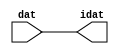

//------> /package/eda/mg/Catapult_10.3d/Mgc_home/pkgs/siflibs/ccs_in_v1.v 
//------------------------------------------------------------------------------
// Catapult Synthesis - Sample I/O Port Library
//
// Copyright (c) 2003-2017 Mentor Graphics Corp.
//       All Rights Reserved
//
// This document may be used and distributed without restriction provided that
// this copyright statement is not removed from the file and that any derivative
// work contains this copyright notice.
//
// The design information contained in this file is intended to be an example
// of the functionality which the end user may study in preparation for creating
// their own custom interfaces. This design does not necessarily present a 
// complete implementation of the named protocol or standard.
//
//------------------------------------------------------------------------------


module ccs_in_v1 (idat, dat);

  parameter integer rscid = 1;
  parameter integer width = 8;

  output [width-1:0] idat;
  input  [width-1:0] dat;

  wire   [width-1:0] idat;

  assign idat = dat;

endmodule


//------> /package/eda/mg/Catapult_10.3d/Mgc_home/pkgs/siflibs/ccs_out_v1.v 
//------------------------------------------------------------------------------
// Catapult Synthesis - Sample I/O Port Library
//
// Copyright (c) 2003-2015 Mentor Graphics Corp.
//       All Rights Reserved
//
// This document may be used and distributed without restriction provided that
// this copyright statement is not removed from the file and that any derivative
// work contains this copyright notice.
//
// The design information contained in this file is intended to be an example
// of the functionality which the end user may study in preparation for creating
// their own custom interfaces. This design does not necessarily present a 
// complete implementation of the named protocol or standard.
//
//------------------------------------------------------------------------------

module ccs_out_v1 (dat, idat);

  parameter integer rscid = 1;
  parameter integer width = 8;

  output   [width-1:0] dat;
  input    [width-1:0] idat;

  wire     [width-1:0] dat;

  assign dat = idat;

endmodule




//------> /package/eda/mg/Catapult_10.3d/Mgc_home/pkgs/siflibs/mgc_io_sync_v2.v 
//------------------------------------------------------------------------------
// Catapult Synthesis - Sample I/O Port Library
//
// Copyright (c) 2003-2017 Mentor Graphics Corp.
//       All Rights Reserved
//
// This document may be used and distributed without restriction provided that
// this copyright statement is not removed from the file and that any derivative
// work contains this copyright notice.
//
// The design information contained in this file is intended to be an example
// of the functionality which the end user may study in preparation for creating
// their own custom interfaces. This design does not necessarily present a 
// complete implementation of the named protocol or standard.
//
//------------------------------------------------------------------------------


module mgc_io_sync_v2 (ld, lz);
    parameter valid = 0;

    input  ld;
    output lz;

    wire   lz;

    assign lz = ld;

endmodule


//------> ./rtl.v 
// ----------------------------------------------------------------------
//  HLS HDL:        Verilog Netlister
//  HLS Version:    10.3d/815731 Production Release
//  HLS Date:       Wed Apr 24 14:54:19 PDT 2019
// 
//  Generated by:   695r48@cparch23.ecn.purdue.edu
//  Generated date: Tue Nov  9 16:02:25 2021
// ----------------------------------------------------------------------

// 
// ------------------------------------------------------------------
//  Design Unit:    fir_Altera_DIST_DIST_1R1W_RBW_rport_1_16_5_32_32_16_gen
// ------------------------------------------------------------------


module fir_Altera_DIST_DIST_1R1W_RBW_rport_1_16_5_32_32_16_gen (
  q, radr, radr_d, q_d, rport_r_ram_ir_internal_RMASK_B_d
);
  input [15:0] q;
  output [4:0] radr;
  input [4:0] radr_d;
  output [15:0] q_d;
  input rport_r_ram_ir_internal_RMASK_B_d;



  // Interconnect Declarations for Component Instantiations 
  assign q_d = q;
  assign radr = (radr_d);
endmodule

// ------------------------------------------------------------------
//  Design Unit:    fir_core_core_fsm
//  FSM Module
// ------------------------------------------------------------------


module fir_core_core_fsm (
  clk, rst, fsm_output
);
  input clk;
  input rst;
  output [36:0] fsm_output;
  reg [36:0] fsm_output;


  // FSM State Type Declaration for fir_core_core_fsm_1
  parameter
    core_rlp_C_0 = 6'd0,
    main_C_0 = 6'd1,
    main_C_1 = 6'd2,
    main_C_2 = 6'd3,
    main_C_3 = 6'd4,
    main_C_4 = 6'd5,
    main_C_5 = 6'd6,
    main_C_6 = 6'd7,
    main_C_7 = 6'd8,
    main_C_8 = 6'd9,
    main_C_9 = 6'd10,
    main_C_10 = 6'd11,
    main_C_11 = 6'd12,
    main_C_12 = 6'd13,
    main_C_13 = 6'd14,
    main_C_14 = 6'd15,
    main_C_15 = 6'd16,
    main_C_16 = 6'd17,
    main_C_17 = 6'd18,
    main_C_18 = 6'd19,
    main_C_19 = 6'd20,
    main_C_20 = 6'd21,
    main_C_21 = 6'd22,
    main_C_22 = 6'd23,
    main_C_23 = 6'd24,
    main_C_24 = 6'd25,
    main_C_25 = 6'd26,
    main_C_26 = 6'd27,
    main_C_27 = 6'd28,
    main_C_28 = 6'd29,
    main_C_29 = 6'd30,
    main_C_30 = 6'd31,
    main_C_31 = 6'd32,
    main_C_32 = 6'd33,
    main_C_33 = 6'd34,
    main_C_34 = 6'd35,
    main_C_35 = 6'd36;

  reg [5:0] state_var;
  reg [5:0] state_var_NS;


  // Interconnect Declarations for Component Instantiations 
  always @(*)
  begin : fir_core_core_fsm_1
    case (state_var)
      main_C_0 : begin
        fsm_output = 37'b0000000000000000000000000000000000010;
        state_var_NS = main_C_1;
      end
      main_C_1 : begin
        fsm_output = 37'b0000000000000000000000000000000000100;
        state_var_NS = main_C_2;
      end
      main_C_2 : begin
        fsm_output = 37'b0000000000000000000000000000000001000;
        state_var_NS = main_C_3;
      end
      main_C_3 : begin
        fsm_output = 37'b0000000000000000000000000000000010000;
        state_var_NS = main_C_4;
      end
      main_C_4 : begin
        fsm_output = 37'b0000000000000000000000000000000100000;
        state_var_NS = main_C_5;
      end
      main_C_5 : begin
        fsm_output = 37'b0000000000000000000000000000001000000;
        state_var_NS = main_C_6;
      end
      main_C_6 : begin
        fsm_output = 37'b0000000000000000000000000000010000000;
        state_var_NS = main_C_7;
      end
      main_C_7 : begin
        fsm_output = 37'b0000000000000000000000000000100000000;
        state_var_NS = main_C_8;
      end
      main_C_8 : begin
        fsm_output = 37'b0000000000000000000000000001000000000;
        state_var_NS = main_C_9;
      end
      main_C_9 : begin
        fsm_output = 37'b0000000000000000000000000010000000000;
        state_var_NS = main_C_10;
      end
      main_C_10 : begin
        fsm_output = 37'b0000000000000000000000000100000000000;
        state_var_NS = main_C_11;
      end
      main_C_11 : begin
        fsm_output = 37'b0000000000000000000000001000000000000;
        state_var_NS = main_C_12;
      end
      main_C_12 : begin
        fsm_output = 37'b0000000000000000000000010000000000000;
        state_var_NS = main_C_13;
      end
      main_C_13 : begin
        fsm_output = 37'b0000000000000000000000100000000000000;
        state_var_NS = main_C_14;
      end
      main_C_14 : begin
        fsm_output = 37'b0000000000000000000001000000000000000;
        state_var_NS = main_C_15;
      end
      main_C_15 : begin
        fsm_output = 37'b0000000000000000000010000000000000000;
        state_var_NS = main_C_16;
      end
      main_C_16 : begin
        fsm_output = 37'b0000000000000000000100000000000000000;
        state_var_NS = main_C_17;
      end
      main_C_17 : begin
        fsm_output = 37'b0000000000000000001000000000000000000;
        state_var_NS = main_C_18;
      end
      main_C_18 : begin
        fsm_output = 37'b0000000000000000010000000000000000000;
        state_var_NS = main_C_19;
      end
      main_C_19 : begin
        fsm_output = 37'b0000000000000000100000000000000000000;
        state_var_NS = main_C_20;
      end
      main_C_20 : begin
        fsm_output = 37'b0000000000000001000000000000000000000;
        state_var_NS = main_C_21;
      end
      main_C_21 : begin
        fsm_output = 37'b0000000000000010000000000000000000000;
        state_var_NS = main_C_22;
      end
      main_C_22 : begin
        fsm_output = 37'b0000000000000100000000000000000000000;
        state_var_NS = main_C_23;
      end
      main_C_23 : begin
        fsm_output = 37'b0000000000001000000000000000000000000;
        state_var_NS = main_C_24;
      end
      main_C_24 : begin
        fsm_output = 37'b0000000000010000000000000000000000000;
        state_var_NS = main_C_25;
      end
      main_C_25 : begin
        fsm_output = 37'b0000000000100000000000000000000000000;
        state_var_NS = main_C_26;
      end
      main_C_26 : begin
        fsm_output = 37'b0000000001000000000000000000000000000;
        state_var_NS = main_C_27;
      end
      main_C_27 : begin
        fsm_output = 37'b0000000010000000000000000000000000000;
        state_var_NS = main_C_28;
      end
      main_C_28 : begin
        fsm_output = 37'b0000000100000000000000000000000000000;
        state_var_NS = main_C_29;
      end
      main_C_29 : begin
        fsm_output = 37'b0000001000000000000000000000000000000;
        state_var_NS = main_C_30;
      end
      main_C_30 : begin
        fsm_output = 37'b0000010000000000000000000000000000000;
        state_var_NS = main_C_31;
      end
      main_C_31 : begin
        fsm_output = 37'b0000100000000000000000000000000000000;
        state_var_NS = main_C_32;
      end
      main_C_32 : begin
        fsm_output = 37'b0001000000000000000000000000000000000;
        state_var_NS = main_C_33;
      end
      main_C_33 : begin
        fsm_output = 37'b0010000000000000000000000000000000000;
        state_var_NS = main_C_34;
      end
      main_C_34 : begin
        fsm_output = 37'b0100000000000000000000000000000000000;
        state_var_NS = main_C_35;
      end
      main_C_35 : begin
        fsm_output = 37'b1000000000000000000000000000000000000;
        state_var_NS = main_C_0;
      end
      // core_rlp_C_0
      default : begin
        fsm_output = 37'b0000000000000000000000000000000000001;
        state_var_NS = main_C_0;
      end
    endcase
  end

  always @(posedge clk) begin
    if ( rst ) begin
      state_var <= core_rlp_C_0;
    end
    else begin
      state_var <= state_var_NS;
    end
  end

endmodule

// ------------------------------------------------------------------
//  Design Unit:    fir_core
// ------------------------------------------------------------------


module fir_core (
  clk, rst, coeffs_rsc_triosy_lz, in1_rsc_dat, in1_rsc_triosy_lz, out1_rsc_dat, out1_rsc_triosy_lz,
      coeffs_rsci_radr_d, coeffs_rsci_q_d, coeffs_rsci_rport_r_ram_ir_internal_RMASK_B_d
);
  input clk;
  input rst;
  output coeffs_rsc_triosy_lz;
  input [15:0] in1_rsc_dat;
  output in1_rsc_triosy_lz;
  output [15:0] out1_rsc_dat;
  output out1_rsc_triosy_lz;
  output [4:0] coeffs_rsci_radr_d;
  input [15:0] coeffs_rsci_q_d;
  output coeffs_rsci_rport_r_ram_ir_internal_RMASK_B_d;


  // Interconnect Declarations
  wire [15:0] in1_rsci_idat;
  reg [15:0] out1_rsci_idat;
  reg coeffs_rsc_triosy_obj_ld;
  reg in1_rsc_triosy_obj_ld;
  reg out1_rsc_triosy_obj_ld;
  wire [36:0] fsm_output;
  reg [15:0] reg_MAC_asn_89_cse;
  reg [15:0] reg_MAC_asn_88_cse;
  reg [15:0] reg_MAC_asn_87_cse;
  reg [15:0] reg_MAC_asn_86_cse;
  reg [15:0] reg_MAC_asn_85_cse;
  reg [15:0] reg_MAC_asn_84_cse;
  reg [15:0] reg_MAC_asn_83_cse;
  reg [15:0] reg_MAC_asn_82_cse;
  reg [15:0] reg_MAC_asn_81_cse;
  reg [15:0] reg_MAC_asn_80_cse;
  reg [15:0] reg_MAC_asn_79_cse;
  reg [15:0] reg_MAC_asn_78_cse;
  reg [15:0] reg_MAC_asn_77_cse;
  reg [15:0] reg_MAC_asn_76_cse;
  reg [15:0] reg_MAC_asn_75_cse;
  reg [15:0] reg_MAC_asn_74_cse;
  reg [15:0] reg_MAC_asn_73_cse;
  reg [15:0] reg_MAC_asn_72_cse;
  reg [15:0] reg_MAC_asn_71_cse;
  reg [15:0] reg_MAC_asn_70_cse;
  reg [15:0] reg_MAC_asn_69_cse;
  reg [15:0] reg_MAC_asn_68_cse;
  reg [15:0] reg_MAC_asn_67_cse;
  reg [15:0] reg_MAC_asn_66_cse;
  reg [15:0] reg_MAC_asn_65_cse;
  reg [15:0] reg_MAC_asn_64_cse;
  reg [15:0] reg_MAC_asn_63_cse;
  wire [29:0] z_out;
  wire [30:0] nl_z_out;
  reg [15:0] regs_3_sva;
  reg [15:0] regs_2_sva;
  reg [15:0] regs_0_sva;
  reg [15:0] asn_ncse_sva;
  reg [15:0] MAC_asn_62_itm;
  reg [29:0] MAC_10_mul_itm;
  reg [29:0] MAC_11_mul_itm;
  reg [29:0] MAC_acc_10_itm;
  reg [29:0] MAC_acc_22_itm;
  reg [29:0] MAC_acc_28_itm;
  reg [15:0] MAC_asn_90_itm;
  reg [29:0] MAC_acc_itm;
  wire [29:0] MAC_acc_28_itm_mx0w17;
  wire [30:0] nl_MAC_acc_28_itm_mx0w17;
  wire [29:0] MAC_acc_18_itm_mx0w0;
  wire [30:0] nl_MAC_acc_18_itm_mx0w0;
  wire [29:0] MAC_acc_23_mx0w1;
  wire [30:0] nl_MAC_acc_23_mx0w1;
  wire MAC_acc_10_itm_mx0c1;
  wire MAC_acc_22_itm_mx0c2;

  wire[29:0] MAC_32_acc_1_nl;
  wire[30:0] nl_MAC_32_acc_1_nl;
  wire[29:0] MAC_32_mul_nl;
  wire signed [31:0] nl_MAC_32_mul_nl;
  wire[29:0] MAC_30_mul_nl;
  wire signed [31:0] nl_MAC_30_mul_nl;
  wire[29:0] MAC_28_mul_nl;
  wire signed [31:0] nl_MAC_28_mul_nl;
  wire[29:0] MAC_26_mul_nl;
  wire signed [31:0] nl_MAC_26_mul_nl;
  wire[29:0] MAC_24_mul_nl;
  wire signed [31:0] nl_MAC_24_mul_nl;
  wire[29:0] MAC_22_mul_nl;
  wire signed [31:0] nl_MAC_22_mul_nl;
  wire[29:0] MAC_20_mul_nl;
  wire signed [31:0] nl_MAC_20_mul_nl;
  wire[29:0] MAC_18_mul_nl;
  wire signed [31:0] nl_MAC_18_mul_nl;
  wire[29:0] MAC_16_mul_nl;
  wire signed [31:0] nl_MAC_16_mul_nl;
  wire[29:0] MAC_14_mul_nl;
  wire signed [31:0] nl_MAC_14_mul_nl;
  wire[29:0] MAC_12_mul_nl;
  wire signed [31:0] nl_MAC_12_mul_nl;
  wire[29:0] MAC_10_mul_nl;
  wire signed [31:0] nl_MAC_10_mul_nl;
  wire[29:0] MAC_8_mul_nl;
  wire signed [31:0] nl_MAC_8_mul_nl;
  wire[29:0] MAC_6_mul_nl;
  wire signed [31:0] nl_MAC_6_mul_nl;
  wire[29:0] MAC_4_mul_nl;
  wire signed [31:0] nl_MAC_4_mul_nl;
  wire[29:0] MAC_2_mul_nl;
  wire signed [31:0] nl_MAC_2_mul_nl;
  wire[29:0] MAC_31_mul_nl;
  wire signed [31:0] nl_MAC_31_mul_nl;
  wire[29:0] MAC_29_mul_nl;
  wire signed [31:0] nl_MAC_29_mul_nl;
  wire[29:0] MAC_27_mul_nl;
  wire signed [31:0] nl_MAC_27_mul_nl;
  wire[29:0] MAC_25_mul_nl;
  wire signed [31:0] nl_MAC_25_mul_nl;
  wire[29:0] MAC_23_mul_nl;
  wire signed [31:0] nl_MAC_23_mul_nl;
  wire[29:0] MAC_21_mul_nl;
  wire signed [31:0] nl_MAC_21_mul_nl;
  wire[29:0] MAC_19_mul_nl;
  wire signed [31:0] nl_MAC_19_mul_nl;
  wire[29:0] MAC_17_mul_nl;
  wire signed [31:0] nl_MAC_17_mul_nl;
  wire[29:0] MAC_acc_27_nl;
  wire[30:0] nl_MAC_acc_27_nl;
  wire[29:0] MAC_acc_21_nl;
  wire[30:0] nl_MAC_acc_21_nl;
  wire[29:0] MAC_15_mul_nl;
  wire signed [31:0] nl_MAC_15_mul_nl;
  wire[29:0] MAC_13_mul_nl;
  wire signed [31:0] nl_MAC_13_mul_nl;
  wire[29:0] MAC_11_mul_nl;
  wire signed [31:0] nl_MAC_11_mul_nl;
  wire[29:0] MAC_9_mul_nl;
  wire signed [31:0] nl_MAC_9_mul_nl;
  wire[29:0] MAC_7_mul_nl;
  wire signed [31:0] nl_MAC_7_mul_nl;
  wire[29:0] MAC_5_mul_nl;
  wire signed [31:0] nl_MAC_5_mul_nl;
  wire[29:0] MAC_3_mul_nl;
  wire signed [31:0] nl_MAC_3_mul_nl;
  wire[29:0] MAC_1_mul_nl;
  wire signed [31:0] nl_MAC_1_mul_nl;
  wire[29:0] MAC_acc_30_nl;
  wire[30:0] nl_MAC_acc_30_nl;
  wire[4:0] and_nl;
  wire[4:0] mux1h_nl;
  wire[0:0] coeffs_nor_nl;
  wire[29:0] MAC_mux_3_nl;
  wire[29:0] MAC_mux_4_nl;
  wire[0:0] MAC_or_9_nl;

  // Interconnect Declarations for Component Instantiations 
  ccs_in_v1 #(.rscid(32'sd2),
  .width(32'sd16)) in1_rsci (
      .dat(in1_rsc_dat),
      .idat(in1_rsci_idat)
    );
  ccs_out_v1 #(.rscid(32'sd3),
  .width(32'sd16)) out1_rsci (
      .idat(out1_rsci_idat),
      .dat(out1_rsc_dat)
    );
  mgc_io_sync_v2 #(.valid(32'sd0)) coeffs_rsc_triosy_obj (
      .ld(coeffs_rsc_triosy_obj_ld),
      .lz(coeffs_rsc_triosy_lz)
    );
  mgc_io_sync_v2 #(.valid(32'sd0)) in1_rsc_triosy_obj (
      .ld(in1_rsc_triosy_obj_ld),
      .lz(in1_rsc_triosy_lz)
    );
  mgc_io_sync_v2 #(.valid(32'sd0)) out1_rsc_triosy_obj (
      .ld(out1_rsc_triosy_obj_ld),
      .lz(out1_rsc_triosy_lz)
    );
  fir_core_core_fsm fir_core_core_fsm_inst (
      .clk(clk),
      .rst(rst),
      .fsm_output(fsm_output)
    );
  assign nl_MAC_acc_28_itm_mx0w17 = MAC_acc_23_mx0w1 + MAC_acc_22_itm;
  assign MAC_acc_28_itm_mx0w17 = nl_MAC_acc_28_itm_mx0w17[29:0];
  assign nl_MAC_acc_18_itm_mx0w0 = MAC_11_mul_itm + MAC_10_mul_itm;
  assign MAC_acc_18_itm_mx0w0 = nl_MAC_acc_18_itm_mx0w0[29:0];
  assign nl_MAC_acc_23_mx0w1 = MAC_acc_18_itm_mx0w0 + MAC_acc_10_itm;
  assign MAC_acc_23_mx0w1 = nl_MAC_acc_23_mx0w1[29:0];
  assign MAC_acc_10_itm_mx0c1 = (fsm_output[14]) | (fsm_output[6]);
  assign MAC_acc_22_itm_mx0c2 = (fsm_output[30]) | (fsm_output[22]);
  assign mux1h_nl = MUX1HOT_v_5_30_2(5'b11110, 5'b11101, 5'b11100, 5'b11011, 5'b11010,
      5'b11001, 5'b11000, 5'b10111, 5'b10110, 5'b10101, 5'b10100, 5'b10011, 5'b10010,
      5'b10001, 5'b10000, 5'b01111, 5'b01110, 5'b01101, 5'b01100, 5'b01011, 5'b01010,
      5'b01001, 5'b01000, 5'b00111, 5'b00110, 5'b00101, 5'b00100, 5'b00011, 5'b00010,
      5'b00001, {(fsm_output[2]) , (fsm_output[3]) , (fsm_output[4]) , (fsm_output[5])
      , (fsm_output[6]) , (fsm_output[7]) , (fsm_output[8]) , (fsm_output[9]) , (fsm_output[10])
      , (fsm_output[11]) , (fsm_output[12]) , (fsm_output[13]) , (fsm_output[14])
      , (fsm_output[15]) , (fsm_output[16]) , (fsm_output[17]) , (fsm_output[18])
      , (fsm_output[19]) , (fsm_output[20]) , (fsm_output[21]) , (fsm_output[22])
      , (fsm_output[23]) , (fsm_output[24]) , (fsm_output[25]) , (fsm_output[26])
      , (fsm_output[27]) , (fsm_output[28]) , (fsm_output[29]) , (fsm_output[30])
      , (fsm_output[31])});
  assign coeffs_nor_nl = ~((fsm_output[0]) | (fsm_output[33]) | (fsm_output[34])
      | (fsm_output[35]) | (fsm_output[36]) | (fsm_output[32]));
  assign and_nl = MUX_v_5_2_2(5'b00000, (mux1h_nl), (coeffs_nor_nl));
  assign coeffs_rsci_radr_d = MUX_v_5_2_2((and_nl), 5'b11111, (fsm_output[1]));
  assign coeffs_rsci_rport_r_ram_ir_internal_RMASK_B_d = ~((fsm_output[0]) | (fsm_output[33])
      | (fsm_output[34]) | (fsm_output[35]) | (fsm_output[36]));
  always @(posedge clk) begin
    if ( rst ) begin
      out1_rsc_triosy_obj_ld <= 1'b0;
      in1_rsc_triosy_obj_ld <= 1'b0;
      coeffs_rsc_triosy_obj_ld <= 1'b0;
      MAC_11_mul_itm <= 30'b000000000000000000000000000000;
    end
    else begin
      out1_rsc_triosy_obj_ld <= fsm_output[35];
      in1_rsc_triosy_obj_ld <= fsm_output[1];
      coeffs_rsc_triosy_obj_ld <= fsm_output[32];
      MAC_11_mul_itm <= MUX1HOT_v_30_18_2((MAC_31_mul_nl), (MAC_29_mul_nl), (MAC_27_mul_nl),
          (MAC_25_mul_nl), (MAC_23_mul_nl), (MAC_21_mul_nl), (MAC_19_mul_nl), (MAC_17_mul_nl),
          (MAC_acc_27_nl), (MAC_15_mul_nl), (MAC_13_mul_nl), (MAC_11_mul_nl), (MAC_9_mul_nl),
          (MAC_7_mul_nl), (MAC_5_mul_nl), (MAC_3_mul_nl), (MAC_1_mul_nl), MAC_acc_28_itm_mx0w17,
          {(fsm_output[3]) , (fsm_output[5]) , (fsm_output[7]) , (fsm_output[9])
          , (fsm_output[11]) , (fsm_output[13]) , (fsm_output[15]) , (fsm_output[17])
          , (fsm_output[18]) , (fsm_output[19]) , (fsm_output[21]) , (fsm_output[23])
          , (fsm_output[25]) , (fsm_output[27]) , (fsm_output[29]) , (fsm_output[31])
          , (fsm_output[33]) , (fsm_output[34])});
    end
  end
  always @(posedge clk) begin
    if ( rst ) begin
      out1_rsci_idat <= 16'b0000000000000000;
    end
    else if ( fsm_output[35] ) begin
      out1_rsci_idat <= readslicef_30_16_14((MAC_32_acc_1_nl));
    end
  end
  always @(posedge clk) begin
    if ( rst ) begin
      regs_0_sva <= 16'b0000000000000000;
    end
    else if ( fsm_output[33] ) begin
      regs_0_sva <= asn_ncse_sva;
    end
  end
  always @(posedge clk) begin
    if ( rst ) begin
      regs_2_sva <= 16'b0000000000000000;
    end
    else if ( fsm_output[36] ) begin
      regs_2_sva <= MAC_asn_62_itm;
    end
  end
  always @(posedge clk) begin
    if ( rst ) begin
      MAC_asn_62_itm <= 16'b0000000000000000;
    end
    else if ( (fsm_output[36]) | (fsm_output[32]) ) begin
      MAC_asn_62_itm <= MUX_v_16_2_2(regs_0_sva, regs_2_sva, fsm_output[36]);
    end
  end
  always @(posedge clk) begin
    if ( rst ) begin
      reg_MAC_asn_63_cse <= 16'b0000000000000000;
    end
    else if ( fsm_output[36] ) begin
      reg_MAC_asn_63_cse <= regs_3_sva;
    end
  end
  always @(posedge clk) begin
    if ( rst ) begin
      reg_MAC_asn_64_cse <= 16'b0000000000000000;
    end
    else if ( fsm_output[36] ) begin
      reg_MAC_asn_64_cse <= reg_MAC_asn_63_cse;
    end
  end
  always @(posedge clk) begin
    if ( rst ) begin
      reg_MAC_asn_65_cse <= 16'b0000000000000000;
    end
    else if ( fsm_output[36] ) begin
      reg_MAC_asn_65_cse <= reg_MAC_asn_64_cse;
    end
  end
  always @(posedge clk) begin
    if ( rst ) begin
      reg_MAC_asn_66_cse <= 16'b0000000000000000;
    end
    else if ( fsm_output[36] ) begin
      reg_MAC_asn_66_cse <= reg_MAC_asn_65_cse;
    end
  end
  always @(posedge clk) begin
    if ( rst ) begin
      reg_MAC_asn_67_cse <= 16'b0000000000000000;
    end
    else if ( fsm_output[36] ) begin
      reg_MAC_asn_67_cse <= reg_MAC_asn_66_cse;
    end
  end
  always @(posedge clk) begin
    if ( rst ) begin
      reg_MAC_asn_68_cse <= 16'b0000000000000000;
    end
    else if ( fsm_output[36] ) begin
      reg_MAC_asn_68_cse <= reg_MAC_asn_67_cse;
    end
  end
  always @(posedge clk) begin
    if ( rst ) begin
      reg_MAC_asn_69_cse <= 16'b0000000000000000;
    end
    else if ( fsm_output[36] ) begin
      reg_MAC_asn_69_cse <= reg_MAC_asn_68_cse;
    end
  end
  always @(posedge clk) begin
    if ( rst ) begin
      reg_MAC_asn_70_cse <= 16'b0000000000000000;
    end
    else if ( fsm_output[36] ) begin
      reg_MAC_asn_70_cse <= reg_MAC_asn_69_cse;
    end
  end
  always @(posedge clk) begin
    if ( rst ) begin
      reg_MAC_asn_71_cse <= 16'b0000000000000000;
    end
    else if ( fsm_output[36] ) begin
      reg_MAC_asn_71_cse <= reg_MAC_asn_70_cse;
    end
  end
  always @(posedge clk) begin
    if ( rst ) begin
      reg_MAC_asn_72_cse <= 16'b0000000000000000;
    end
    else if ( fsm_output[36] ) begin
      reg_MAC_asn_72_cse <= reg_MAC_asn_71_cse;
    end
  end
  always @(posedge clk) begin
    if ( rst ) begin
      reg_MAC_asn_73_cse <= 16'b0000000000000000;
    end
    else if ( fsm_output[36] ) begin
      reg_MAC_asn_73_cse <= reg_MAC_asn_72_cse;
    end
  end
  always @(posedge clk) begin
    if ( rst ) begin
      reg_MAC_asn_74_cse <= 16'b0000000000000000;
    end
    else if ( fsm_output[36] ) begin
      reg_MAC_asn_74_cse <= reg_MAC_asn_73_cse;
    end
  end
  always @(posedge clk) begin
    if ( rst ) begin
      reg_MAC_asn_75_cse <= 16'b0000000000000000;
    end
    else if ( fsm_output[36] ) begin
      reg_MAC_asn_75_cse <= reg_MAC_asn_74_cse;
    end
  end
  always @(posedge clk) begin
    if ( rst ) begin
      reg_MAC_asn_76_cse <= 16'b0000000000000000;
    end
    else if ( fsm_output[36] ) begin
      reg_MAC_asn_76_cse <= reg_MAC_asn_75_cse;
    end
  end
  always @(posedge clk) begin
    if ( rst ) begin
      reg_MAC_asn_77_cse <= 16'b0000000000000000;
    end
    else if ( fsm_output[36] ) begin
      reg_MAC_asn_77_cse <= reg_MAC_asn_76_cse;
    end
  end
  always @(posedge clk) begin
    if ( rst ) begin
      reg_MAC_asn_78_cse <= 16'b0000000000000000;
    end
    else if ( fsm_output[36] ) begin
      reg_MAC_asn_78_cse <= reg_MAC_asn_77_cse;
    end
  end
  always @(posedge clk) begin
    if ( rst ) begin
      reg_MAC_asn_79_cse <= 16'b0000000000000000;
    end
    else if ( fsm_output[36] ) begin
      reg_MAC_asn_79_cse <= reg_MAC_asn_78_cse;
    end
  end
  always @(posedge clk) begin
    if ( rst ) begin
      reg_MAC_asn_80_cse <= 16'b0000000000000000;
    end
    else if ( fsm_output[36] ) begin
      reg_MAC_asn_80_cse <= reg_MAC_asn_79_cse;
    end
  end
  always @(posedge clk) begin
    if ( rst ) begin
      reg_MAC_asn_81_cse <= 16'b0000000000000000;
    end
    else if ( fsm_output[36] ) begin
      reg_MAC_asn_81_cse <= reg_MAC_asn_80_cse;
    end
  end
  always @(posedge clk) begin
    if ( rst ) begin
      reg_MAC_asn_82_cse <= 16'b0000000000000000;
    end
    else if ( fsm_output[36] ) begin
      reg_MAC_asn_82_cse <= reg_MAC_asn_81_cse;
    end
  end
  always @(posedge clk) begin
    if ( rst ) begin
      reg_MAC_asn_83_cse <= 16'b0000000000000000;
    end
    else if ( fsm_output[36] ) begin
      reg_MAC_asn_83_cse <= reg_MAC_asn_82_cse;
    end
  end
  always @(posedge clk) begin
    if ( rst ) begin
      reg_MAC_asn_84_cse <= 16'b0000000000000000;
    end
    else if ( fsm_output[36] ) begin
      reg_MAC_asn_84_cse <= reg_MAC_asn_83_cse;
    end
  end
  always @(posedge clk) begin
    if ( rst ) begin
      reg_MAC_asn_85_cse <= 16'b0000000000000000;
    end
    else if ( fsm_output[36] ) begin
      reg_MAC_asn_85_cse <= reg_MAC_asn_84_cse;
    end
  end
  always @(posedge clk) begin
    if ( rst ) begin
      reg_MAC_asn_86_cse <= 16'b0000000000000000;
    end
    else if ( fsm_output[36] ) begin
      reg_MAC_asn_86_cse <= reg_MAC_asn_85_cse;
    end
  end
  always @(posedge clk) begin
    if ( rst ) begin
      reg_MAC_asn_87_cse <= 16'b0000000000000000;
    end
    else if ( fsm_output[36] ) begin
      reg_MAC_asn_87_cse <= reg_MAC_asn_86_cse;
    end
  end
  always @(posedge clk) begin
    if ( rst ) begin
      reg_MAC_asn_88_cse <= 16'b0000000000000000;
    end
    else if ( fsm_output[36] ) begin
      reg_MAC_asn_88_cse <= reg_MAC_asn_87_cse;
    end
  end
  always @(posedge clk) begin
    if ( rst ) begin
      reg_MAC_asn_89_cse <= 16'b0000000000000000;
    end
    else if ( fsm_output[36] ) begin
      reg_MAC_asn_89_cse <= reg_MAC_asn_88_cse;
    end
  end
  always @(posedge clk) begin
    if ( rst ) begin
      MAC_asn_90_itm <= 16'b0000000000000000;
    end
    else if ( fsm_output[36] ) begin
      MAC_asn_90_itm <= reg_MAC_asn_89_cse;
    end
  end
  always @(posedge clk) begin
    if ( rst ) begin
      regs_3_sva <= 16'b0000000000000000;
    end
    else if ( fsm_output[36] ) begin
      regs_3_sva <= regs_2_sva;
    end
  end
  always @(posedge clk) begin
    if ( rst ) begin
      asn_ncse_sva <= 16'b0000000000000000;
    end
    else if ( fsm_output[1] ) begin
      asn_ncse_sva <= in1_rsci_idat;
    end
  end
  always @(posedge clk) begin
    if ( rst ) begin
      MAC_10_mul_itm <= 30'b000000000000000000000000000000;
    end
    else if ( (fsm_output[18]) | (fsm_output[30]) | (fsm_output[26]) | (fsm_output[2])
        | (fsm_output[4]) | (fsm_output[10]) | (fsm_output[16]) | (fsm_output[14])
        | (fsm_output[6]) | (fsm_output[8]) | (fsm_output[12]) | (fsm_output[20])
        | (fsm_output[22]) | (fsm_output[24]) | (fsm_output[28]) | (fsm_output[32])
        ) begin
      MAC_10_mul_itm <= MUX1HOT_v_30_16_2((MAC_32_mul_nl), (MAC_30_mul_nl), (MAC_28_mul_nl),
          (MAC_26_mul_nl), (MAC_24_mul_nl), (MAC_22_mul_nl), (MAC_20_mul_nl), (MAC_18_mul_nl),
          (MAC_16_mul_nl), (MAC_14_mul_nl), (MAC_12_mul_nl), (MAC_10_mul_nl), (MAC_8_mul_nl),
          (MAC_6_mul_nl), (MAC_4_mul_nl), (MAC_2_mul_nl), {(fsm_output[2]) , (fsm_output[4])
          , (fsm_output[6]) , (fsm_output[8]) , (fsm_output[10]) , (fsm_output[12])
          , (fsm_output[14]) , (fsm_output[16]) , (fsm_output[18]) , (fsm_output[20])
          , (fsm_output[22]) , (fsm_output[24]) , (fsm_output[26]) , (fsm_output[28])
          , (fsm_output[30]) , (fsm_output[32])});
    end
  end
  always @(posedge clk) begin
    if ( rst ) begin
      MAC_acc_10_itm <= 30'b000000000000000000000000000000;
    end
    else if ( (fsm_output[28]) | (fsm_output[24]) | (fsm_output[20]) | (fsm_output[12])
        | (fsm_output[4]) | (fsm_output[32]) | MAC_acc_10_itm_mx0c1 ) begin
      MAC_acc_10_itm <= MUX_v_30_2_2(MAC_acc_18_itm_mx0w0, MAC_acc_23_mx0w1, MAC_acc_10_itm_mx0c1);
    end
  end
  always @(posedge clk) begin
    if ( rst ) begin
      MAC_acc_22_itm <= 30'b000000000000000000000000000000;
    end
    else if ( (fsm_output[8]) | (fsm_output[10]) | MAC_acc_22_itm_mx0c2 ) begin
      MAC_acc_22_itm <= MUX1HOT_v_30_3_2(MAC_acc_18_itm_mx0w0, (MAC_acc_30_nl), MAC_acc_23_mx0w1,
          {(fsm_output[8]) , (fsm_output[10]) , MAC_acc_22_itm_mx0c2});
    end
  end
  always @(posedge clk) begin
    if ( rst ) begin
      MAC_acc_28_itm <= 30'b000000000000000000000000000000;
    end
    else if ( (fsm_output[26]) | (fsm_output[16]) ) begin
      MAC_acc_28_itm <= MUX_v_30_2_2(MAC_acc_18_itm_mx0w0, MAC_acc_28_itm_mx0w17,
          fsm_output[26]);
    end
  end
  always @(posedge clk) begin
    if ( rst ) begin
      MAC_acc_itm <= 30'b000000000000000000000000000000;
    end
    else if ( fsm_output[19] ) begin
      MAC_acc_itm <= z_out;
    end
  end
  assign nl_MAC_31_mul_nl = $signed(reg_MAC_asn_89_cse) * $signed((coeffs_rsci_q_d));
  assign MAC_31_mul_nl = nl_MAC_31_mul_nl[29:0];
  assign nl_MAC_29_mul_nl = $signed(reg_MAC_asn_87_cse) * $signed((coeffs_rsci_q_d));
  assign MAC_29_mul_nl = nl_MAC_29_mul_nl[29:0];
  assign nl_MAC_27_mul_nl = $signed(reg_MAC_asn_85_cse) * $signed((coeffs_rsci_q_d));
  assign MAC_27_mul_nl = nl_MAC_27_mul_nl[29:0];
  assign nl_MAC_25_mul_nl = $signed(reg_MAC_asn_83_cse) * $signed((coeffs_rsci_q_d));
  assign MAC_25_mul_nl = nl_MAC_25_mul_nl[29:0];
  assign nl_MAC_23_mul_nl = $signed(reg_MAC_asn_81_cse) * $signed((coeffs_rsci_q_d));
  assign MAC_23_mul_nl = nl_MAC_23_mul_nl[29:0];
  assign nl_MAC_21_mul_nl = $signed(reg_MAC_asn_79_cse) * $signed((coeffs_rsci_q_d));
  assign MAC_21_mul_nl = nl_MAC_21_mul_nl[29:0];
  assign nl_MAC_19_mul_nl = $signed(reg_MAC_asn_77_cse) * $signed((coeffs_rsci_q_d));
  assign MAC_19_mul_nl = nl_MAC_19_mul_nl[29:0];
  assign nl_MAC_17_mul_nl = $signed(reg_MAC_asn_75_cse) * $signed((coeffs_rsci_q_d));
  assign MAC_17_mul_nl = nl_MAC_17_mul_nl[29:0];
  assign nl_MAC_acc_21_nl = MAC_acc_18_itm_mx0w0 + MAC_acc_28_itm;
  assign MAC_acc_21_nl = nl_MAC_acc_21_nl[29:0];
  assign nl_MAC_acc_27_nl = (MAC_acc_21_nl) + MAC_acc_10_itm;
  assign MAC_acc_27_nl = nl_MAC_acc_27_nl[29:0];
  assign nl_MAC_15_mul_nl = $signed(reg_MAC_asn_73_cse) * $signed((coeffs_rsci_q_d));
  assign MAC_15_mul_nl = nl_MAC_15_mul_nl[29:0];
  assign nl_MAC_13_mul_nl = $signed(reg_MAC_asn_71_cse) * $signed((coeffs_rsci_q_d));
  assign MAC_13_mul_nl = nl_MAC_13_mul_nl[29:0];
  assign nl_MAC_11_mul_nl = $signed(reg_MAC_asn_69_cse) * $signed((coeffs_rsci_q_d));
  assign MAC_11_mul_nl = nl_MAC_11_mul_nl[29:0];
  assign nl_MAC_9_mul_nl = $signed(reg_MAC_asn_67_cse) * $signed((coeffs_rsci_q_d));
  assign MAC_9_mul_nl = nl_MAC_9_mul_nl[29:0];
  assign nl_MAC_7_mul_nl = $signed(reg_MAC_asn_65_cse) * $signed((coeffs_rsci_q_d));
  assign MAC_7_mul_nl = nl_MAC_7_mul_nl[29:0];
  assign nl_MAC_5_mul_nl = $signed(reg_MAC_asn_63_cse) * $signed((coeffs_rsci_q_d));
  assign MAC_5_mul_nl = nl_MAC_5_mul_nl[29:0];
  assign nl_MAC_3_mul_nl = $signed(regs_2_sva) * $signed((coeffs_rsci_q_d));
  assign MAC_3_mul_nl = nl_MAC_3_mul_nl[29:0];
  assign nl_MAC_1_mul_nl = $signed(asn_ncse_sva) * $signed((coeffs_rsci_q_d));
  assign MAC_1_mul_nl = nl_MAC_1_mul_nl[29:0];
  assign nl_MAC_32_acc_1_nl = z_out + MAC_acc_itm;
  assign MAC_32_acc_1_nl = nl_MAC_32_acc_1_nl[29:0];
  assign nl_MAC_32_mul_nl = $signed(MAC_asn_90_itm) * $signed((coeffs_rsci_q_d));
  assign MAC_32_mul_nl = nl_MAC_32_mul_nl[29:0];
  assign nl_MAC_30_mul_nl = $signed(reg_MAC_asn_88_cse) * $signed((coeffs_rsci_q_d));
  assign MAC_30_mul_nl = nl_MAC_30_mul_nl[29:0];
  assign nl_MAC_28_mul_nl = $signed(reg_MAC_asn_86_cse) * $signed((coeffs_rsci_q_d));
  assign MAC_28_mul_nl = nl_MAC_28_mul_nl[29:0];
  assign nl_MAC_26_mul_nl = $signed(reg_MAC_asn_84_cse) * $signed((coeffs_rsci_q_d));
  assign MAC_26_mul_nl = nl_MAC_26_mul_nl[29:0];
  assign nl_MAC_24_mul_nl = $signed(reg_MAC_asn_82_cse) * $signed((coeffs_rsci_q_d));
  assign MAC_24_mul_nl = nl_MAC_24_mul_nl[29:0];
  assign nl_MAC_22_mul_nl = $signed(reg_MAC_asn_80_cse) * $signed((coeffs_rsci_q_d));
  assign MAC_22_mul_nl = nl_MAC_22_mul_nl[29:0];
  assign nl_MAC_20_mul_nl = $signed(reg_MAC_asn_78_cse) * $signed((coeffs_rsci_q_d));
  assign MAC_20_mul_nl = nl_MAC_20_mul_nl[29:0];
  assign nl_MAC_18_mul_nl = $signed(reg_MAC_asn_76_cse) * $signed((coeffs_rsci_q_d));
  assign MAC_18_mul_nl = nl_MAC_18_mul_nl[29:0];
  assign nl_MAC_16_mul_nl = $signed(reg_MAC_asn_74_cse) * $signed((coeffs_rsci_q_d));
  assign MAC_16_mul_nl = nl_MAC_16_mul_nl[29:0];
  assign nl_MAC_14_mul_nl = $signed(reg_MAC_asn_72_cse) * $signed((coeffs_rsci_q_d));
  assign MAC_14_mul_nl = nl_MAC_14_mul_nl[29:0];
  assign nl_MAC_12_mul_nl = $signed(reg_MAC_asn_70_cse) * $signed((coeffs_rsci_q_d));
  assign MAC_12_mul_nl = nl_MAC_12_mul_nl[29:0];
  assign nl_MAC_10_mul_nl = $signed(reg_MAC_asn_68_cse) * $signed((coeffs_rsci_q_d));
  assign MAC_10_mul_nl = nl_MAC_10_mul_nl[29:0];
  assign nl_MAC_8_mul_nl = $signed(reg_MAC_asn_66_cse) * $signed((coeffs_rsci_q_d));
  assign MAC_8_mul_nl = nl_MAC_8_mul_nl[29:0];
  assign nl_MAC_6_mul_nl = $signed(reg_MAC_asn_64_cse) * $signed((coeffs_rsci_q_d));
  assign MAC_6_mul_nl = nl_MAC_6_mul_nl[29:0];
  assign nl_MAC_4_mul_nl = $signed(MAC_asn_62_itm) * $signed((coeffs_rsci_q_d));
  assign MAC_4_mul_nl = nl_MAC_4_mul_nl[29:0];
  assign nl_MAC_2_mul_nl = $signed(regs_0_sva) * $signed((coeffs_rsci_q_d));
  assign MAC_2_mul_nl = nl_MAC_2_mul_nl[29:0];
  assign nl_MAC_acc_30_nl = z_out + MAC_acc_10_itm;
  assign MAC_acc_30_nl = nl_MAC_acc_30_nl[29:0];
  assign MAC_mux_3_nl = MUX_v_30_2_2(MAC_11_mul_itm, MAC_acc_18_itm_mx0w0, fsm_output[10]);
  assign MAC_or_9_nl = (fsm_output[10]) | (fsm_output[19]);
  assign MAC_mux_4_nl = MUX_v_30_2_2(MAC_acc_28_itm, MAC_acc_22_itm, MAC_or_9_nl);
  assign nl_z_out = (MAC_mux_3_nl) + (MAC_mux_4_nl);
  assign z_out = nl_z_out[29:0];

  function automatic [29:0] MUX1HOT_v_30_16_2;
    input [29:0] input_15;
    input [29:0] input_14;
    input [29:0] input_13;
    input [29:0] input_12;
    input [29:0] input_11;
    input [29:0] input_10;
    input [29:0] input_9;
    input [29:0] input_8;
    input [29:0] input_7;
    input [29:0] input_6;
    input [29:0] input_5;
    input [29:0] input_4;
    input [29:0] input_3;
    input [29:0] input_2;
    input [29:0] input_1;
    input [29:0] input_0;
    input [15:0] sel;
    reg [29:0] result;
  begin
    result = input_0 & {30{sel[0]}};
    result = result | ( input_1 & {30{sel[1]}});
    result = result | ( input_2 & {30{sel[2]}});
    result = result | ( input_3 & {30{sel[3]}});
    result = result | ( input_4 & {30{sel[4]}});
    result = result | ( input_5 & {30{sel[5]}});
    result = result | ( input_6 & {30{sel[6]}});
    result = result | ( input_7 & {30{sel[7]}});
    result = result | ( input_8 & {30{sel[8]}});
    result = result | ( input_9 & {30{sel[9]}});
    result = result | ( input_10 & {30{sel[10]}});
    result = result | ( input_11 & {30{sel[11]}});
    result = result | ( input_12 & {30{sel[12]}});
    result = result | ( input_13 & {30{sel[13]}});
    result = result | ( input_14 & {30{sel[14]}});
    result = result | ( input_15 & {30{sel[15]}});
    MUX1HOT_v_30_16_2 = result;
  end
  endfunction


  function automatic [29:0] MUX1HOT_v_30_18_2;
    input [29:0] input_17;
    input [29:0] input_16;
    input [29:0] input_15;
    input [29:0] input_14;
    input [29:0] input_13;
    input [29:0] input_12;
    input [29:0] input_11;
    input [29:0] input_10;
    input [29:0] input_9;
    input [29:0] input_8;
    input [29:0] input_7;
    input [29:0] input_6;
    input [29:0] input_5;
    input [29:0] input_4;
    input [29:0] input_3;
    input [29:0] input_2;
    input [29:0] input_1;
    input [29:0] input_0;
    input [17:0] sel;
    reg [29:0] result;
  begin
    result = input_0 & {30{sel[0]}};
    result = result | ( input_1 & {30{sel[1]}});
    result = result | ( input_2 & {30{sel[2]}});
    result = result | ( input_3 & {30{sel[3]}});
    result = result | ( input_4 & {30{sel[4]}});
    result = result | ( input_5 & {30{sel[5]}});
    result = result | ( input_6 & {30{sel[6]}});
    result = result | ( input_7 & {30{sel[7]}});
    result = result | ( input_8 & {30{sel[8]}});
    result = result | ( input_9 & {30{sel[9]}});
    result = result | ( input_10 & {30{sel[10]}});
    result = result | ( input_11 & {30{sel[11]}});
    result = result | ( input_12 & {30{sel[12]}});
    result = result | ( input_13 & {30{sel[13]}});
    result = result | ( input_14 & {30{sel[14]}});
    result = result | ( input_15 & {30{sel[15]}});
    result = result | ( input_16 & {30{sel[16]}});
    result = result | ( input_17 & {30{sel[17]}});
    MUX1HOT_v_30_18_2 = result;
  end
  endfunction


  function automatic [29:0] MUX1HOT_v_30_3_2;
    input [29:0] input_2;
    input [29:0] input_1;
    input [29:0] input_0;
    input [2:0] sel;
    reg [29:0] result;
  begin
    result = input_0 & {30{sel[0]}};
    result = result | ( input_1 & {30{sel[1]}});
    result = result | ( input_2 & {30{sel[2]}});
    MUX1HOT_v_30_3_2 = result;
  end
  endfunction


  function automatic [4:0] MUX1HOT_v_5_30_2;
    input [4:0] input_29;
    input [4:0] input_28;
    input [4:0] input_27;
    input [4:0] input_26;
    input [4:0] input_25;
    input [4:0] input_24;
    input [4:0] input_23;
    input [4:0] input_22;
    input [4:0] input_21;
    input [4:0] input_20;
    input [4:0] input_19;
    input [4:0] input_18;
    input [4:0] input_17;
    input [4:0] input_16;
    input [4:0] input_15;
    input [4:0] input_14;
    input [4:0] input_13;
    input [4:0] input_12;
    input [4:0] input_11;
    input [4:0] input_10;
    input [4:0] input_9;
    input [4:0] input_8;
    input [4:0] input_7;
    input [4:0] input_6;
    input [4:0] input_5;
    input [4:0] input_4;
    input [4:0] input_3;
    input [4:0] input_2;
    input [4:0] input_1;
    input [4:0] input_0;
    input [29:0] sel;
    reg [4:0] result;
  begin
    result = input_0 & {5{sel[0]}};
    result = result | ( input_1 & {5{sel[1]}});
    result = result | ( input_2 & {5{sel[2]}});
    result = result | ( input_3 & {5{sel[3]}});
    result = result | ( input_4 & {5{sel[4]}});
    result = result | ( input_5 & {5{sel[5]}});
    result = result | ( input_6 & {5{sel[6]}});
    result = result | ( input_7 & {5{sel[7]}});
    result = result | ( input_8 & {5{sel[8]}});
    result = result | ( input_9 & {5{sel[9]}});
    result = result | ( input_10 & {5{sel[10]}});
    result = result | ( input_11 & {5{sel[11]}});
    result = result | ( input_12 & {5{sel[12]}});
    result = result | ( input_13 & {5{sel[13]}});
    result = result | ( input_14 & {5{sel[14]}});
    result = result | ( input_15 & {5{sel[15]}});
    result = result | ( input_16 & {5{sel[16]}});
    result = result | ( input_17 & {5{sel[17]}});
    result = result | ( input_18 & {5{sel[18]}});
    result = result | ( input_19 & {5{sel[19]}});
    result = result | ( input_20 & {5{sel[20]}});
    result = result | ( input_21 & {5{sel[21]}});
    result = result | ( input_22 & {5{sel[22]}});
    result = result | ( input_23 & {5{sel[23]}});
    result = result | ( input_24 & {5{sel[24]}});
    result = result | ( input_25 & {5{sel[25]}});
    result = result | ( input_26 & {5{sel[26]}});
    result = result | ( input_27 & {5{sel[27]}});
    result = result | ( input_28 & {5{sel[28]}});
    result = result | ( input_29 & {5{sel[29]}});
    MUX1HOT_v_5_30_2 = result;
  end
  endfunction


  function automatic [15:0] MUX_v_16_2_2;
    input [15:0] input_0;
    input [15:0] input_1;
    input [0:0] sel;
    reg [15:0] result;
  begin
    case (sel)
      1'b0 : begin
        result = input_0;
      end
      default : begin
        result = input_1;
      end
    endcase
    MUX_v_16_2_2 = result;
  end
  endfunction


  function automatic [29:0] MUX_v_30_2_2;
    input [29:0] input_0;
    input [29:0] input_1;
    input [0:0] sel;
    reg [29:0] result;
  begin
    case (sel)
      1'b0 : begin
        result = input_0;
      end
      default : begin
        result = input_1;
      end
    endcase
    MUX_v_30_2_2 = result;
  end
  endfunction


  function automatic [4:0] MUX_v_5_2_2;
    input [4:0] input_0;
    input [4:0] input_1;
    input [0:0] sel;
    reg [4:0] result;
  begin
    case (sel)
      1'b0 : begin
        result = input_0;
      end
      default : begin
        result = input_1;
      end
    endcase
    MUX_v_5_2_2 = result;
  end
  endfunction


  function automatic [15:0] readslicef_30_16_14;
    input [29:0] vector;
    reg [29:0] tmp;
  begin
    tmp = vector >> 14;
    readslicef_30_16_14 = tmp[15:0];
  end
  endfunction

endmodule

// ------------------------------------------------------------------
//  Design Unit:    fir
// ------------------------------------------------------------------


module fir (
  clk, rst, coeffs_rsc_radr, coeffs_rsc_q, coeffs_rsc_triosy_lz, in1_rsc_dat, in1_rsc_triosy_lz,
      out1_rsc_dat, out1_rsc_triosy_lz
);
  input clk;
  input rst;
  output [4:0] coeffs_rsc_radr;
  input [15:0] coeffs_rsc_q;
  output coeffs_rsc_triosy_lz;
  input [15:0] in1_rsc_dat;
  output in1_rsc_triosy_lz;
  output [15:0] out1_rsc_dat;
  output out1_rsc_triosy_lz;


  // Interconnect Declarations
  wire [4:0] coeffs_rsci_radr_d;
  wire [15:0] coeffs_rsci_q_d;
  wire coeffs_rsci_rport_r_ram_ir_internal_RMASK_B_d;


  // Interconnect Declarations for Component Instantiations 
  fir_Altera_DIST_DIST_1R1W_RBW_rport_1_16_5_32_32_16_gen coeffs_rsci (
      .q(coeffs_rsc_q),
      .radr(coeffs_rsc_radr),
      .radr_d(coeffs_rsci_radr_d),
      .q_d(coeffs_rsci_q_d),
      .rport_r_ram_ir_internal_RMASK_B_d(coeffs_rsci_rport_r_ram_ir_internal_RMASK_B_d)
    );
  fir_core fir_core_inst (
      .clk(clk),
      .rst(rst),
      .coeffs_rsc_triosy_lz(coeffs_rsc_triosy_lz),
      .in1_rsc_dat(in1_rsc_dat),
      .in1_rsc_triosy_lz(in1_rsc_triosy_lz),
      .out1_rsc_dat(out1_rsc_dat),
      .out1_rsc_triosy_lz(out1_rsc_triosy_lz),
      .coeffs_rsci_radr_d(coeffs_rsci_radr_d),
      .coeffs_rsci_q_d(coeffs_rsci_q_d),
      .coeffs_rsci_rport_r_ram_ir_internal_RMASK_B_d(coeffs_rsci_rport_r_ram_ir_internal_RMASK_B_d)
    );
endmodule